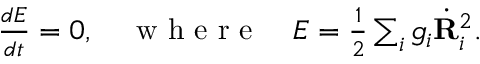
\begin{array} { r } { \frac { d E } { d t } = 0 , \quad \mathrm { ~ w ~ h ~ e ~ r ~ e ~ } \quad E = \frac 1 2 \sum _ { i } g _ { i } \dot { \bf R } _ { i } ^ { 2 } . } \end{array}